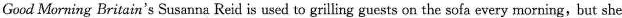
Good Morning Britain's Susanna Reid is used to grilling guests on the sofa every morning, but she